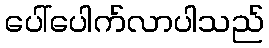
ပေါ်ပေါက်လာပါသည်